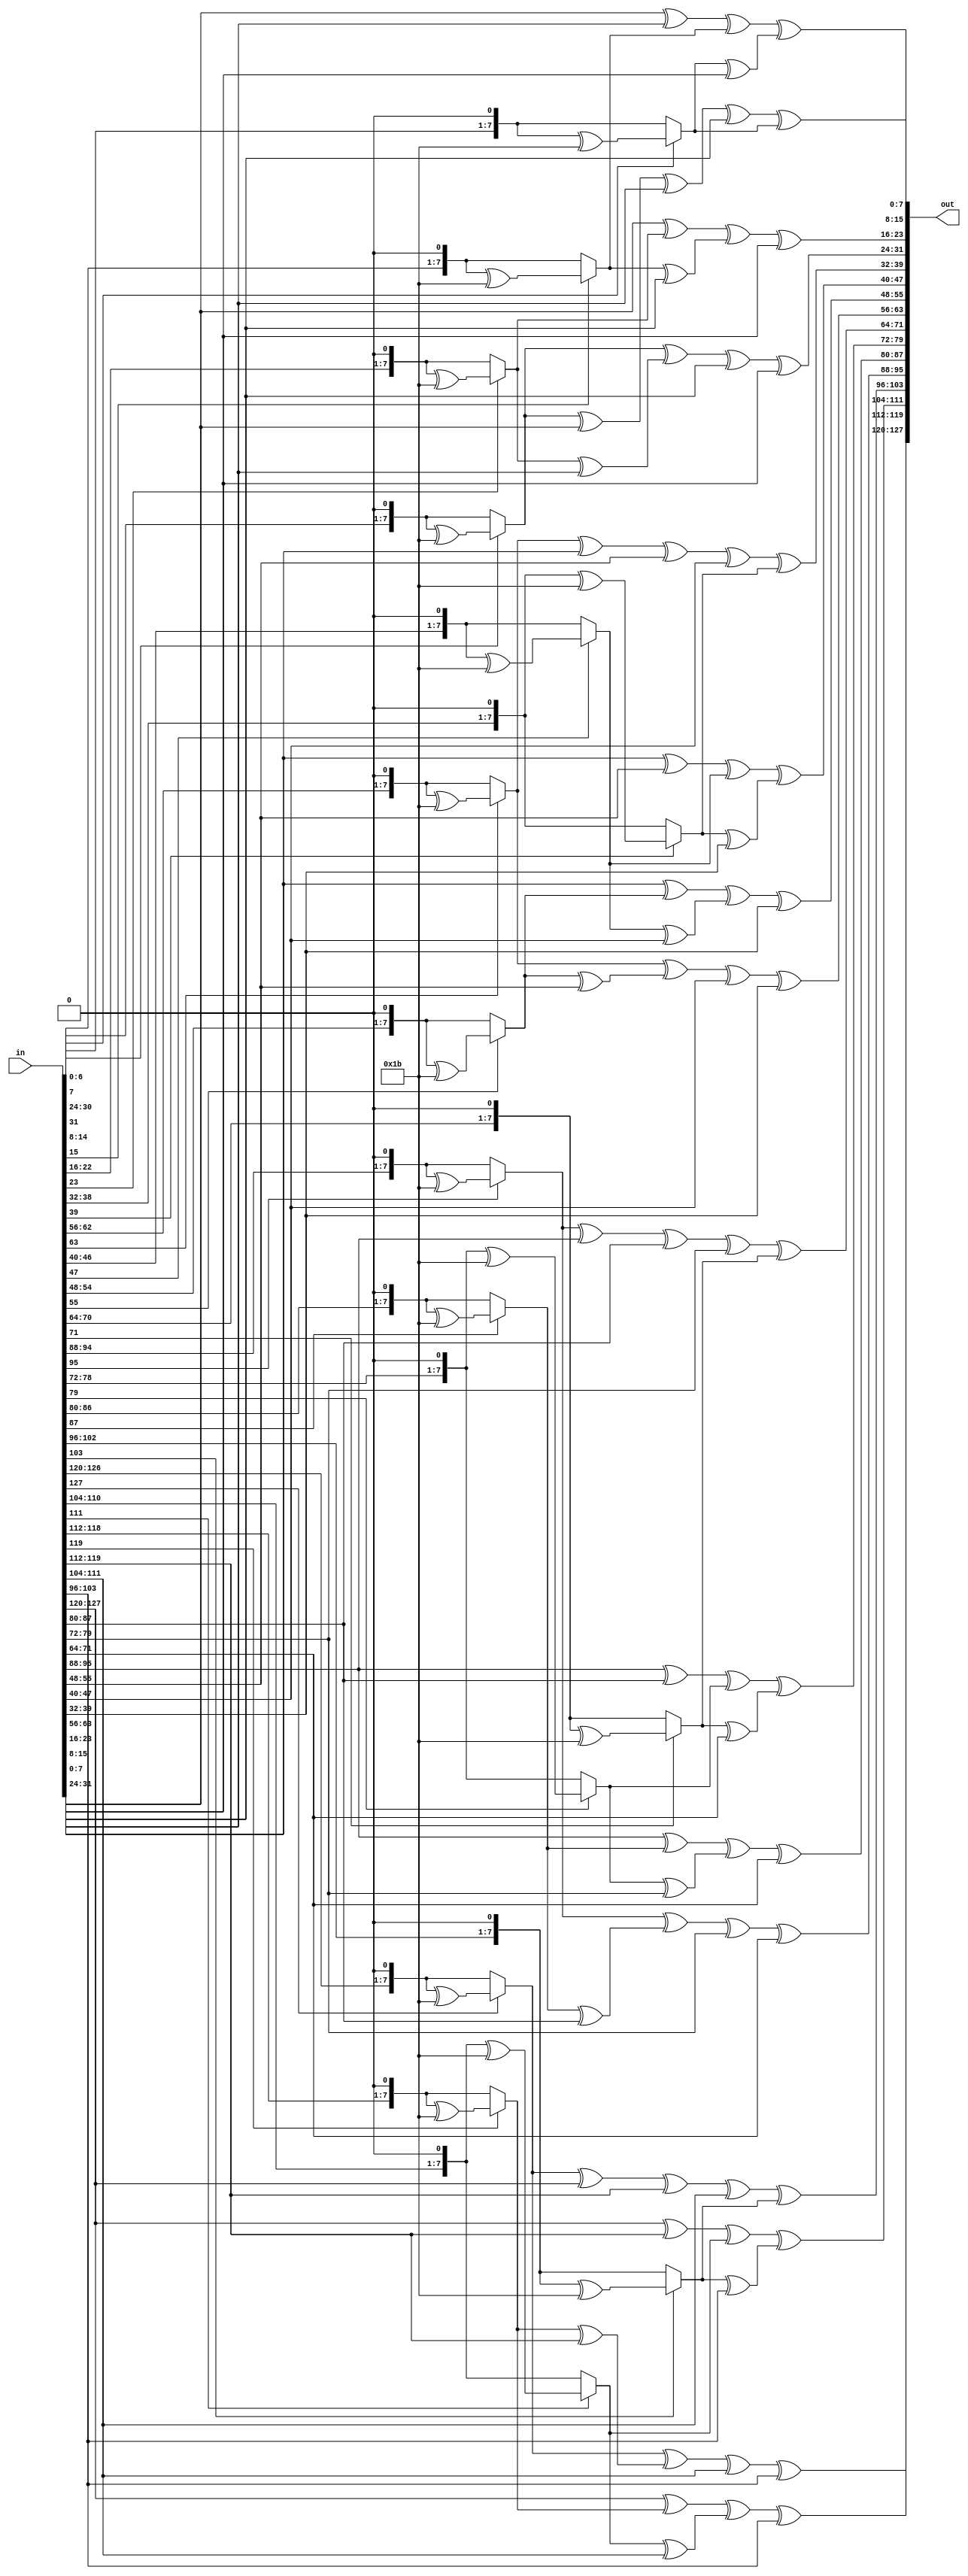
module Mixcolumns(
  input wire [127:0] in, 
  output reg [127:0] out
);

  genvar i;
  
function[7:0] xntimes(input [7:0] result,input integer n);
integer j;
begin
	for(j=0;j<n;j=j+1)
	begin
		if(result[7] == 1) 
			result = ((result << 1) ^ 8'h1b);
		else 
			result = result << 1; 
	end
	xntimes=result;
end

endfunction


function [7:0] multiply_by_03;
input [7:0] result;
begin
	multiply_by_03=xntimes(result,1)^result;
end
endfunction

function [7:0] multiply_by_02; 
input [7:0] result;
begin
	multiply_by_02=xntimes(result,1);
end
endfunction

generate
for(i=3;i>=0;i=i-1) begin 

	assign out [32*i+31:32*i+24] = multiply_by_02(in[32*i+31:32*i+24]) ^ multiply_by_03(in[32*i+23:32*i+16]) ^  (in[32*i+15:32*i+8]) ^  (in[32*i+7:32*i]);
	assign out [32*i+23:32*i+16] =  (in[32*i+31:32*i+24]) ^ multiply_by_02(in[32*i+23:32*i+16]) ^ multiply_by_03(in[32*i+15:32*i+8]) ^  (in[32*i+7:32*i]);
	assign out [32*i+15:32*i+8]  =  (in[32*i+31:32*i+24]) ^  (in[32*i+23:32*i+16]) ^ multiply_by_02(in[32*i+15:32*i+8]) ^ multiply_by_03(in[32*i+7:32*i]);
    assign out [32*i+7:32*i]     = multiply_by_03(in[32*i+31:32*i+24]) ^  (in[32*i+23:32*i+16]) ^  (in[32*i+15:32*i+8]) ^ multiply_by_02(in[32*i+7:32*i]);
end
endgenerate
endmodule